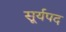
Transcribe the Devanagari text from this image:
सूर्यपद